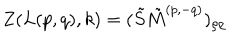
LaTeX: Z ( L ( p , q ) , k ) = ( \tilde { S } \tilde { M } ^ { ( p , - q ) } ) _ { \rho \rho }